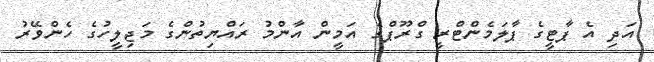
އަދި އެ ޕާޓީގެ ޕާލަމެންޓްރީ ގްރޫޕްގެ އަމީން އާންމު ރައްޔިތުންގެ މަޖިލީހުގެ ހެންވޭރު